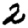
Digit: 2